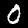
Label: 0